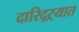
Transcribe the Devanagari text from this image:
दारिद्‌ऱ्यात